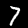
Digit: 7